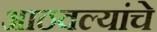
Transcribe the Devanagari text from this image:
आठवल्यांचे